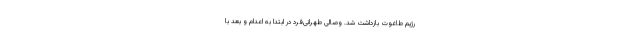
رژیم طاغوت بازداشت شد. وصالی طهرانی‌فرد در ابتدا به اعدام و بعد با